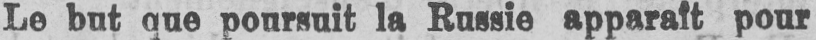
Le but que poursuit la Russie apparaît pour